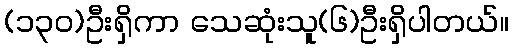
(၁၃၀)ဦးရှိကာ သေဆုံးသူ(၆)ဦးရှိပါတယ်။